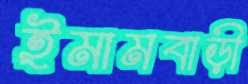
ইমামবাড়ী